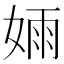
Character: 𫰺